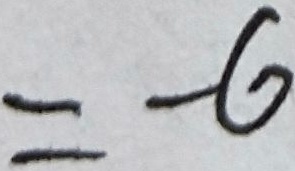
= - 6